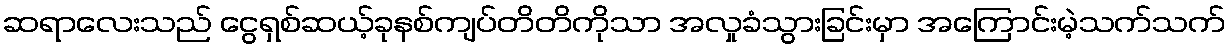
ဆရာလေးသည် ငွေရှစ်ဆယ့်ခုနစ်ကျပ်တိတိကိုသာ အလှုခံသွားခြင်းမှာ အကြောင်းမဲ့သက်သက်